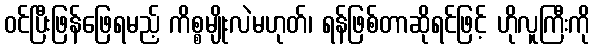
ဝင်ပြီးဖြန်ဖြေရမည့် ကိစ္စမျိုးလဲမဟုတ်၊ ရန်ဖြစ်တာဆိုရင်ဖြင့် ဟိုလူကြီးကို